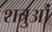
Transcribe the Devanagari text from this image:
शत्रुऔं